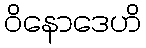
ဝိနောဒေဟိ